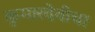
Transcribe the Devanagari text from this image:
कुमारदेवीचा